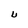
Character: U